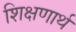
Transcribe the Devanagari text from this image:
शिक्षणार्थ